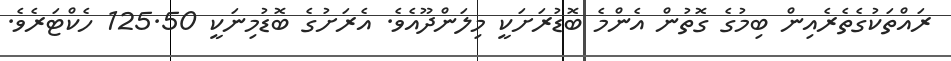
ރައްތަކުގެތެރެއިން ބިމުގެ ގޮތުން އެންމެ ބޮޑުރަށަކީ މިލަންދޫއެވެ. އެރަށުގެ ބޮޑުމިނަކީ 125.50 ހެކްޓަރެވެ.